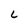
Character: L